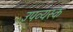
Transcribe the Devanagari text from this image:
उपव्यस्क